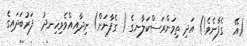
(އޭ  ގެފާނެވެ!) އަދި ތިމަންރަސްކަލާނގެ ( ގެފާނަށް) ނިދާއިއްވެވިހިނދު  ފަރުބަދައިގެ